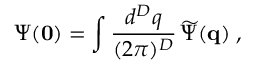
\Psi ( { \bf 0 } ) = \int \frac { d ^ { { D } } q } { ( 2 \pi ) ^ { { D } } } \, \widetilde { \Psi } ( { \bf q } ) \; ,